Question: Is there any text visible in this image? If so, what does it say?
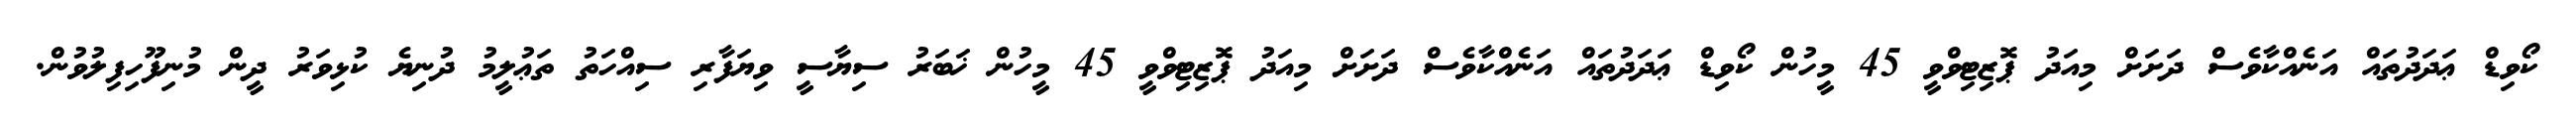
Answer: ކޯވިޑް ޢަދަދުތައް އަނެއްކާވެސް ދަށަށް މިއަދު ޕޮޒިޓިވްވީ 45 މީހުން ކޯވިޑް ޢަދަދުތައް އަނެއްކާވެސް ދަށަށް މިއަދު ޕޮޒިޓިވްވީ 45 މީހުން ޚަބަރު ސިޔާސީ ވިޔަފާރި ސިއްހަތު ތަޢުލީމު ދުނިޔެ ކުޅިވަރު ދީން މުނިފޫހިފިލުވުން.